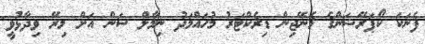
ފެނަކަ ކޯޕަރޭޝަންގެ މެނޭޖިން ޑިރެކްޓަރު މުހައްމަދު ނިމާލް ސަން އަށް މިރޭ ވިދާޅުވީ